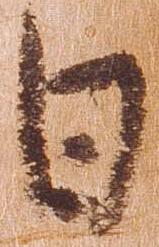
日